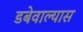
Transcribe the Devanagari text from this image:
डबेवाल्यास